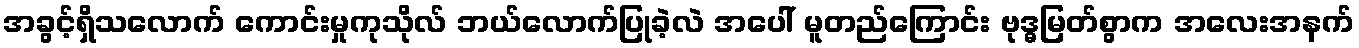
အခွင့်ရှိသလောက် ကောင်းမှုကုသိုလ် ဘယ်လောက်ပြုခဲ့လဲ အပေါ် မူတည်ကြောင်း ဗုဒ္ဓမြတ်စွာက အလေးအနက်